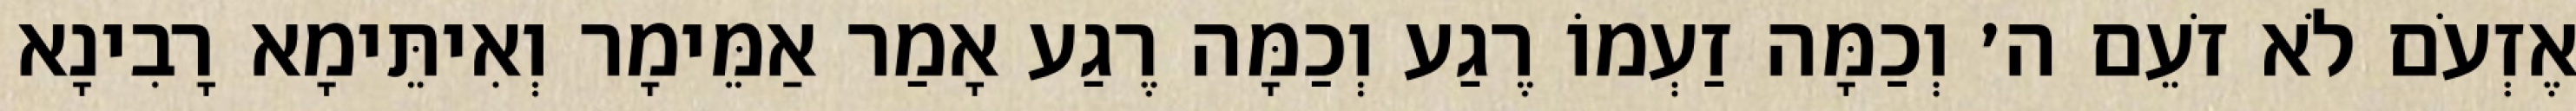
אֶזְעֹם לֹא זֹעֵם ה׳ וְכַמָּה זַעְמוֹ רֶגַע וְכַמָּה רֶגַע אָמַר אַמֵּימָר וְאִיתֵּימָא רָבִינָא